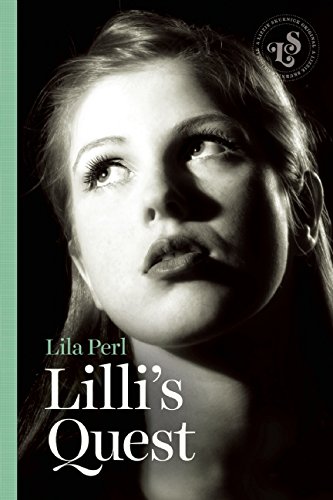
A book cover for Lilli's Quest; Lila Perl; Teen & Young Adult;